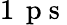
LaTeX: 1\, \mathrm{~p~s~}